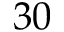
3 0